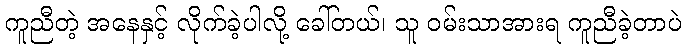
ကူညီတဲ့ အနေနှင့် လိုက်ခဲ့ပါလို့ ခေါ်တယ်၊ သူ ဝမ်းသာအားရ ကူညီခဲ့တာပဲ